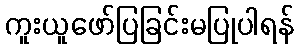
ကူးယူဖော်ပြခြင်းမပြုပါရန်